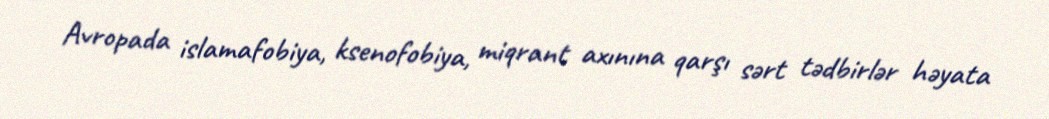
Avropada islamafobiya, ksenofobiya, miqrant axınına qarşı sərt tədbirlər həyata